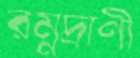
রম্নদ্রাণী